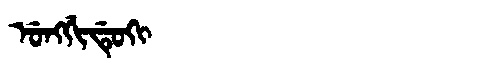
Manchu: ᡠᠩᡤᡳᡩᡠᡴᡳ
Romanization: UNGGIDUKI